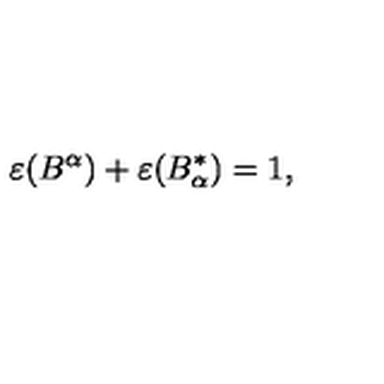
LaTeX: \varepsilon ( B ^ { \alpha } ) + \varepsilon ( B _ { \alpha } ^ { \ast } ) = 1 ,